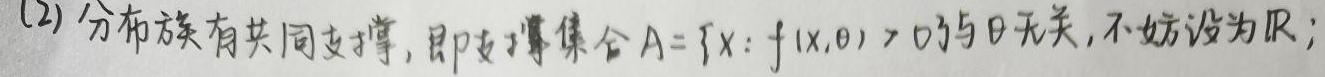
(2) 分布族有共同支撑，即支撑集合$A = \{x: f(x,\theta) > 0\}$与$\theta$无关，不妨设为$\mathbb{R}$；